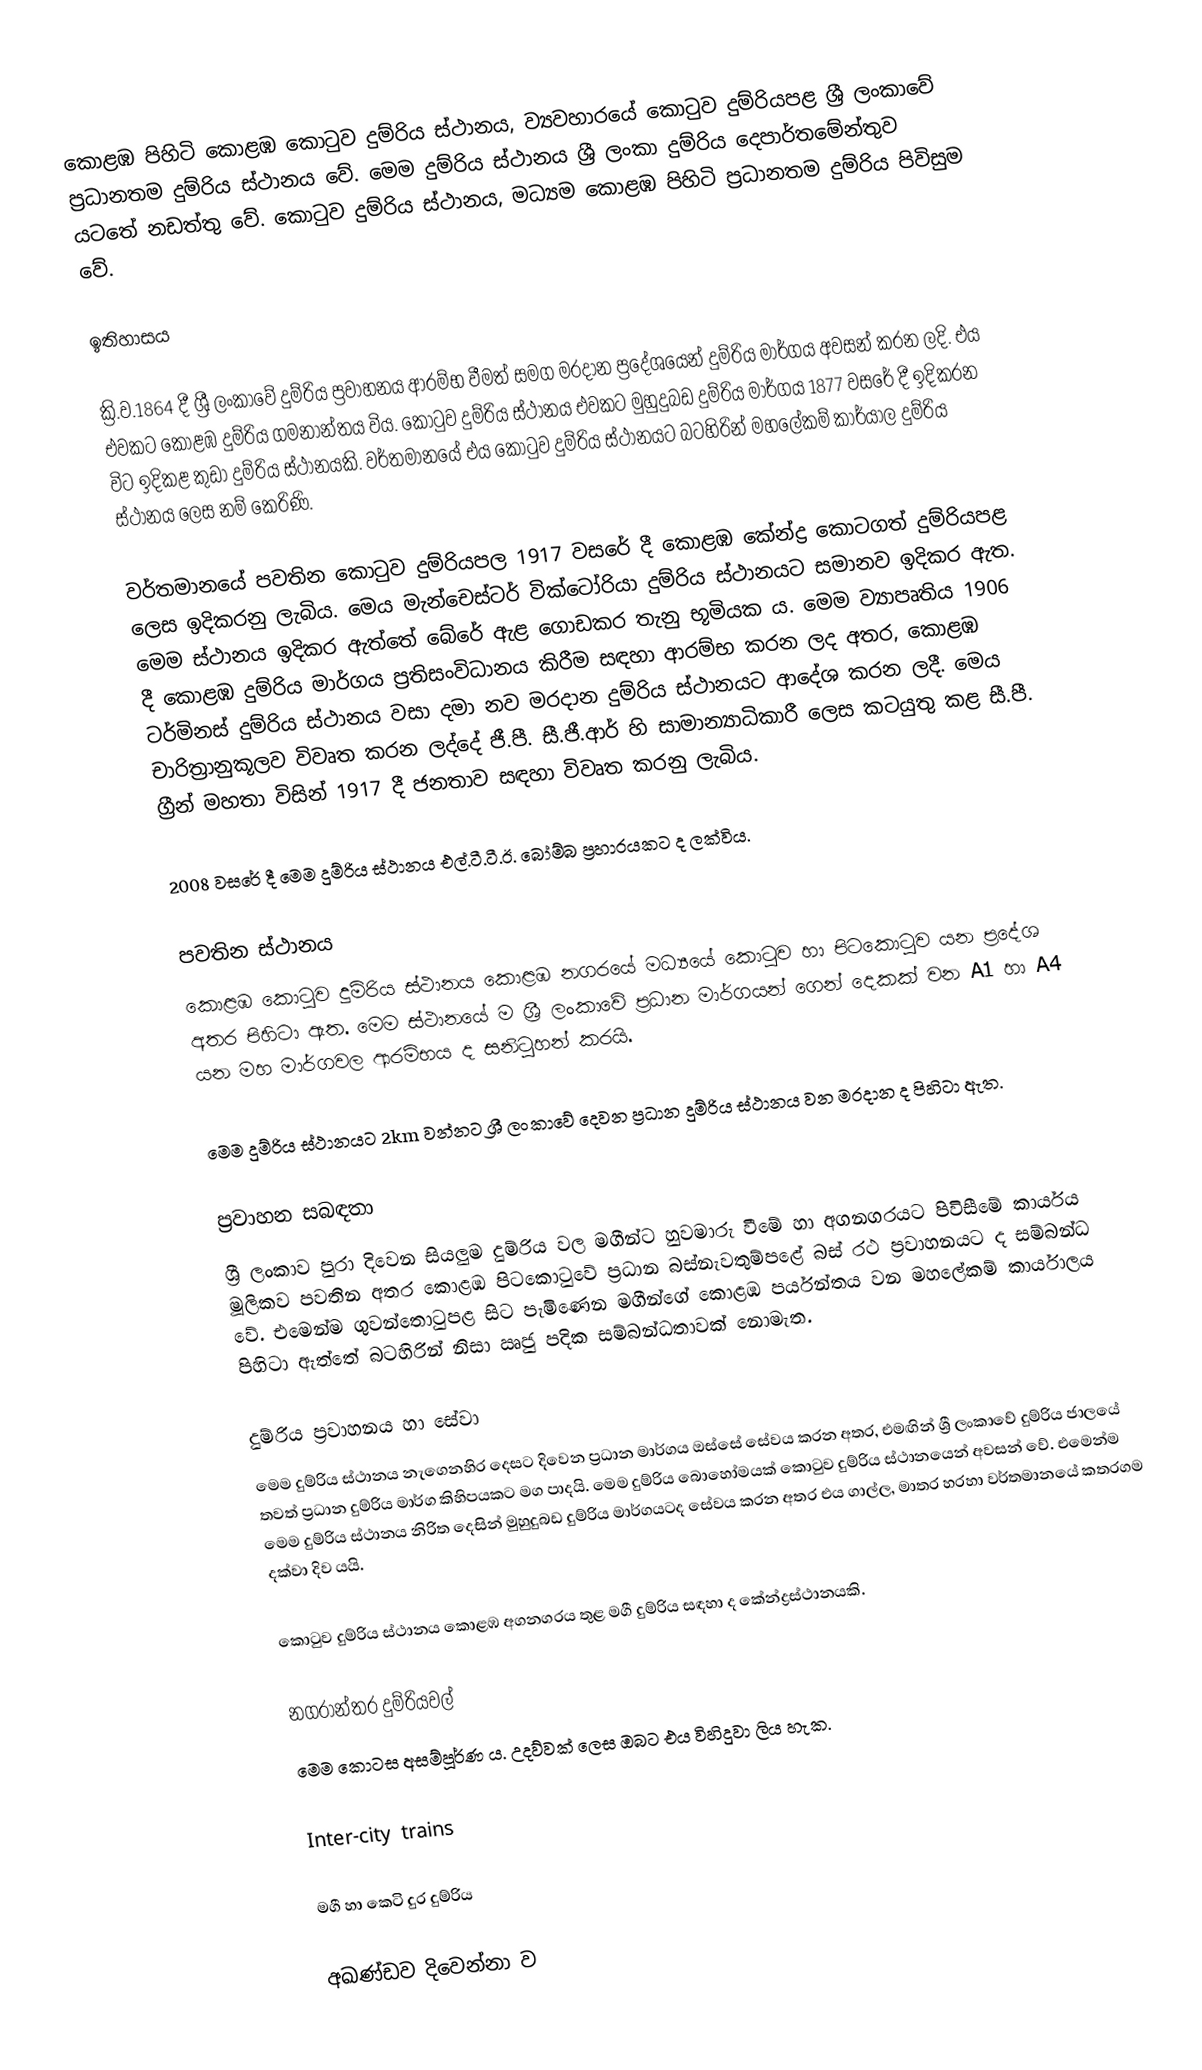
කොළඹ පිහිටි කොළඹ කොටුව දුම්රිය ස්ථානය, ව්‍යවහාරයේ කොටුව දුම්රියපළ ශ්‍රී ලංකාවේ ප්‍රධානතම දුම්රිය ස්ථානය වේ. මෙම දුම්රිය ස්ථානය ශ්‍රී ලංකා දුම්රිය දෙපාර්තමේන්තුව යටතේ නඩත්තු වේ. කොටුව දුම්රිය ස්ථානය, මධ්‍යම කොළඹ පිහිටි ප්‍රධානතම දුම්රිය පිවිසුම වේ.

ඉතිහාසය

ක්‍රි.ව.1864 දී ශ්‍රී ලංකාවේ දුම්රිය ප්‍රවාහනය ආරම්භ වීමත් සමග මරදාන ප්‍රදේශයෙන් දුම්රිය මාර්ගය අවසන් කරන ලදි. එය එවකට කොළඹ දුම්රිය ගමනාන්තය විය. කොටුව දුම්රිය ස්ථානය එවකට මුහුදුබඩ දුම්රිය මාර්ගය 1877 වසරේ දී ඉදිකරන විට ඉදිකළ කුඩා දුම්රිය ස්ථානයකි. වර්තමානයේ එය කොටුව දුම්රිය ස්ථානයට බටහිරින් මහලේකම් කාර්යාල දුම්රිය ස්ථානය ලෙස නම් කෙරිණි.

වර්තමානයේ පවතින කොටුව දුම්රියපල 1917 වසරේ දී කොළඹ කේන්ද්‍ර කොටගත් දුම්රියපළ ලෙස ඉදිකරනු ලැබිය. මෙය මැන්චෙස්ටර් වික්ටෝරියා දුම්රිය ස්ථානයට සමානව ඉදිකර ඇත. මෙම ස්ථානය ඉදිකර ඇත්තේ බේරේ ඇළ ගොඩකර තැනු භූමියක ය. මෙම ව්‍යාපෘතිය 1906 දී කොළඹ දුම්රිය මාර්ගය ප්‍රතිසංවිධානය කිරීම සඳහා ආරම්භ කරන ලද අතර, කොළඹ ටර්මිනස් දුම්රිය ස්ථානය වසා දමා නව මරදාන දුම්රිය ස්ථානයට ආදේශ කරන ලදී. මෙය චාරිත්‍රානුකූලව විවෘත කරන ලද්දේ ජී.පී. සී.ජී.ආර් හි සාමාන්‍යාධිකාරී ලෙස කටයුතු කළ සී.පී. ග්‍රීන් මහතා විසින් 1917 දී ජනතාව සඳහා විවෘත කරනු ලැබිය.

2008 වසරේ දී මෙම දුම්රිය ස්ථානය එල්.ටී.ටී.ඊ. බෝම්බ ප්‍රහාරයකට ද ලක්විය.

පවතින ස්ථානය
කොළඹ කොටුව දුම්රිය ස්ථානය කොළඹ නගරයේ මධ්‍යයේ කොටුව හා පිටකොටුව යන ප්‍රදේශ අතර පිහිටා ඇත. මෙම ස්ථානයේ ම ශ්‍රී ලංකාවේ ප්‍රධාන මාර්ගයන් ගෙන් දෙකක් වන A1 හා A4 යන මහ මාර්ගවල ආරම්භය ද සනිටුහන් කරයි.

මෙම දුම්රිය ස්ථානයට 2km වන්නට ශ්‍රී ලංකාවේ දෙවන ප්‍රධාන දුම්රිය ස්ථානය වන මරදාන ද පිහිටා ඇත.

ප්‍රවාහන සබඳතා
ශ්‍රී ලංකාව පුරා දිවෙන සියලුම දුම්රිය වල මගීන්ට හුවමාරු වීමේ හා අගනගරයට පිවිසීමේ කාර්යය  මූලිකව පවතින අතර කොළඹ පිටකොටුවේ ප්‍රධාන බස්නැවතුම්පළේ බස් රථ ප්‍රවාහනයට ද සම්බන්ධ වේ. එමෙන්ම ගුවන්තොටුපළ සිට පැමිණෙන මගීන්ගේ කොළඹ පර්යන්තය වන මහලේකම් කාර්යාලය පිහිටා ඇත්තේ බටහිරින් නිසා ඍජු පදික සම්බන්ධතාවක් නොමැත.

දුම්රිය ප්‍රවාහනය හා සේවා
මෙම දුම්රිය ස්ථානය නැගෙනහිර දෙසට දිවෙන ප්‍රධාන මාර්ගය ඔස්සේ සේවය කරන අතර, එමඟින් ශ්‍රී ලංකාවේ දුම්රිය ජාලයේ තවත් ප්‍රධාන දුම්රිය මාර්ග කිහිපයකට මග පාදයි. මෙම දුම්රිය බොහෝමයක් කොටුව දුම්රිය ස්ථානයෙන් අවසන් වේ. එමෙන්ම මෙම දුම්රිය ස්ථානය නිරිත දෙසින් මුහුදුබඩ දුම්රිය මාර්ගයටද සේවය කරන අතර එය ගාල්ල, මාතර හරහා වර්තමානයේ කතරගම දක්වා දිව යයි.

කොටුව දුම්රිය ස්ථානය කොළඹ අගනගරය තුළ මගී දුම්රිය සඳහා ද කේන්ද්‍රස්ථානයකි.

නගරාන්තර දුම්රියවල්
මෙම කොටස අසම්පූර්ණ ය. උදව්වක් ලෙස ඔබට එය විහිදුවා ලිය හැක.

Inter-city trains

මගී හා කෙටි දුර දුම්රිය

අඛණ්ඩව දිවෙන්නා ව